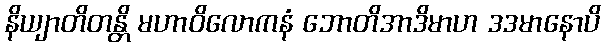
နိယျာတိတန္တိ မဟာဝိလောကနံ ဘောတိအာဒိမာဟ ဒဒမာနောပိ